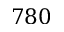
7 8 0